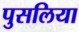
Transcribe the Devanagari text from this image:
पुसलिया